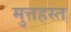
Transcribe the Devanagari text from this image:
मुत्तहस्त